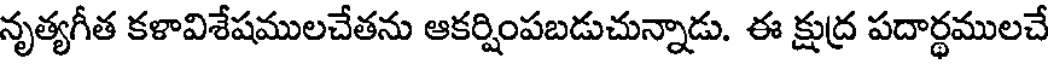
నృత్యగీత కళావిశేషములచేతను ఆకర్షింపబడుచున్నాడు. ఈ క్షుద్ర పదార్థములచే